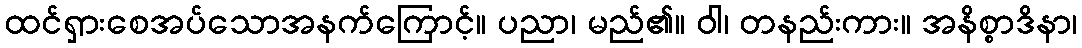
ထင်ရှားစေအပ်သောအနက်ကြောင့်။ ပညာ၊ မည်၏။ ဝါ၊ တနည်းကား။ အနိစ္စာဒိနာ၊